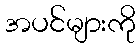
အပင်များကို